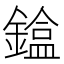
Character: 𨫸